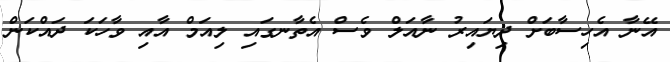
އޭނާ އެހިސާބަށް ދިޔައިރު ނާއަލް ވެސް އެތާނގައި ލިއަމް އާއި ވާހަކަ ދައްކަން